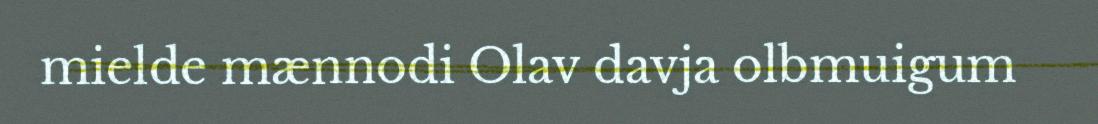
mielde mænnodi Olav davja olbmuigum